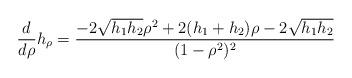
LaTeX: \begin{align*} \frac{d}{d\rho} h_{\rho} = \frac{-2\sqrt{h_1h_2}\rho^2 + 2(h_1+h_2)\rho-2\sqrt{h_1h_2}}{(1-\rho^2)^2} \end{align*}